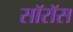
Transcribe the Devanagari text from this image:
सॉरॉस